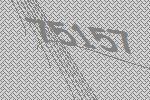
75157